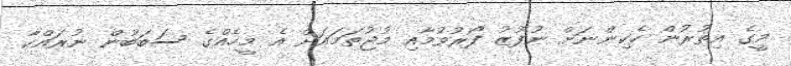
މީގެ އިތުރުން ހެކިންނަށް ނުފޫޒު ފޯރުވުމާއި މުޖުތަމައަށް އެ މީހެއްގެ ސަބަބުން ނުރައްކާ